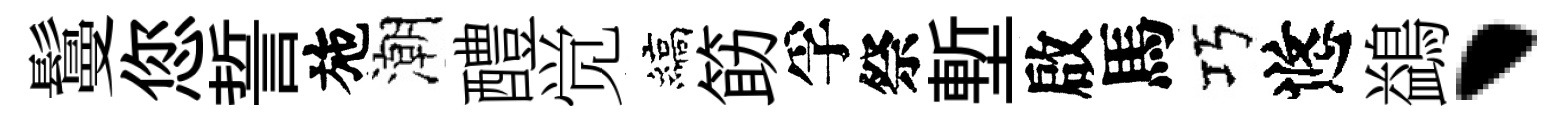
鬘您誓施潮醴觉縞筯孚祭塹啟馬巧悠鷁、